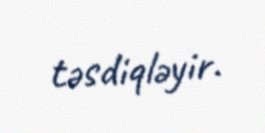
təsdiqləyir.